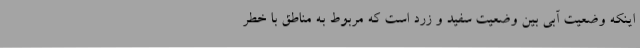
اینکه وضعیت آبی بین وضعیت سفید و زرد است که مربوط به مناطق با خطر